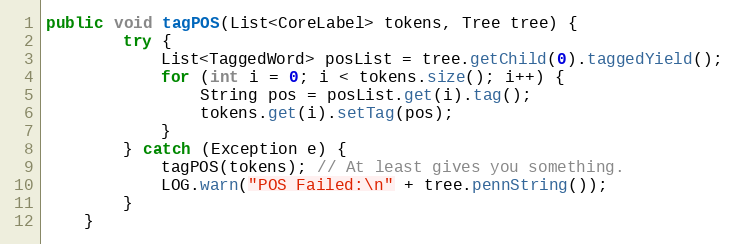
Language: Java
public void tagPOS(List<CoreLabel> tokens, Tree tree) {
        try {
            List<TaggedWord> posList = tree.getChild(0).taggedYield();
            for (int i = 0; i < tokens.size(); i++) {
                String pos = posList.get(i).tag();
                tokens.get(i).setTag(pos);
            }
        } catch (Exception e) {
            tagPOS(tokens); // At least gives you something.
            LOG.warn("POS Failed:\n" + tree.pennString());
        }
    }